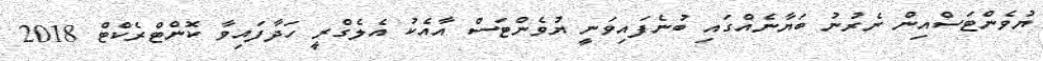
ޔުވެންޓަސްއިން ނެރުނު ބަޔާނެއްގައި ބުނެފައިވަނީ ޔުވެންޓަސް އާއެކު އެލެގްރީ ހަދާފައިވާ ކޮންޓްރެކްޓް 2018